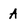
Character: A